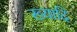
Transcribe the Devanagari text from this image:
ख्यादि